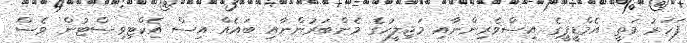
ފަހަރު މަތީ އެމްޑީޕީގެ އިސްވެރިންނާއި މަޖިލީހުގެ މެންބަރުންނާއި ބައެއް އިސް އެކްޓިވިސްޓުން ވެސް